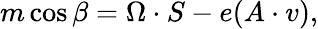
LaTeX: m\cos{\beta}=\Omega\cdot S-e(A\cdot v),